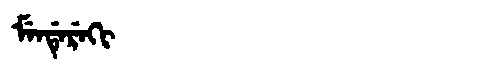
Manchu: ᠮᡝᠨᡩᡝᡵᡝᡴᡳ
Romanization: MENDEREKI